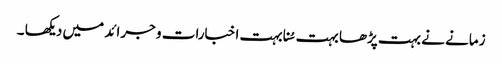
زمانے نے بہت پڑھا بہت سُنا بہت اخبارات و جرائد میں دیکھا ۔